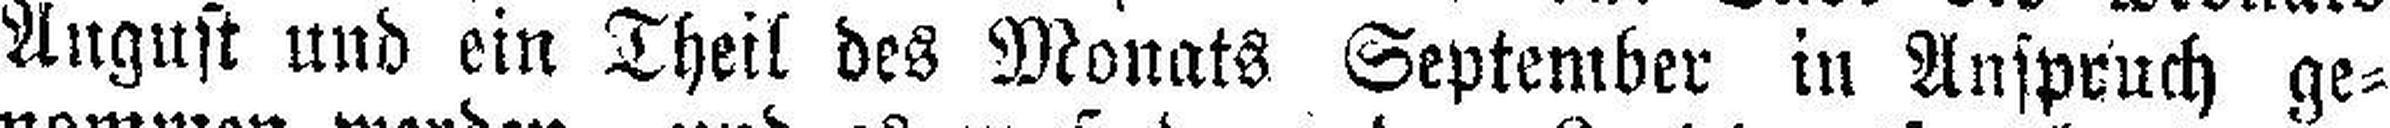
August und ein Theil des Monats September in Anspruch ge¬